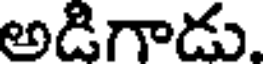
అడిగాడు.